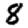
Digit: 8